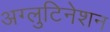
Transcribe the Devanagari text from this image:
अग्लुटिनेशन